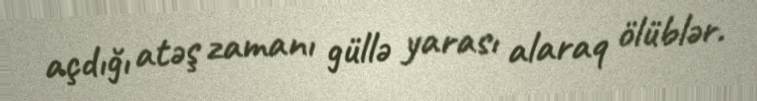
açdığı atəş zamanı güllə yarası alaraq ölüblər.